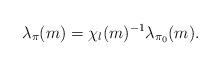
LaTeX: \begin{align*}\lambda_{\pi}(m) = \chi_l(m)^{-1}\lambda_{\pi_0}(m). \end{align*}